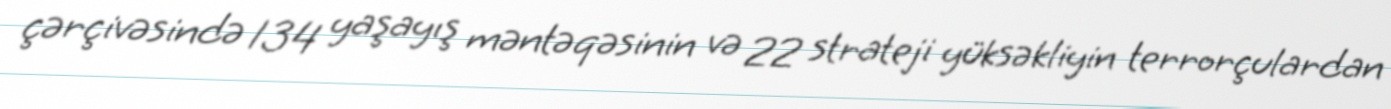
çərçivəsində 134 yaşayış məntəqəsinin və 22 strateji yüksəkliyin terrorçulardan